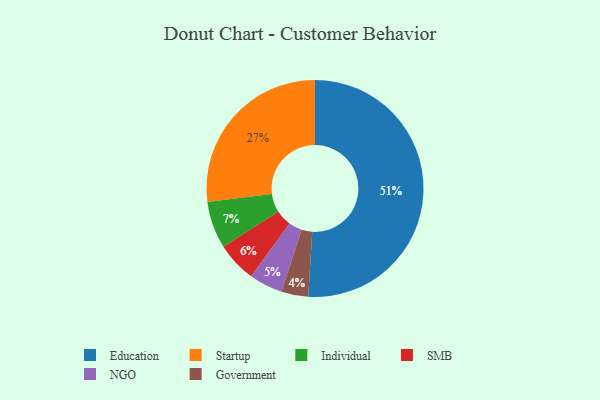
{"axis": {"x": "Category", "y": "Percentage"}, "legend": ["Education", "Government", "Individual", "NGO", "SMB", "Startup"], "data": [{"x": "Startup", "y": 27, "type": "Startup"}, {"x": "Individual", "y": 7, "type": "Individual"}, {"x": "Government", "y": 4, "type": "Government"}, {"x": "Education", "y": 51, "type": "Education"}, {"x": "SMB", "y": 6, "type": "SMB"}, {"x": "NGO", "y": 5, "type": "NGO"}]}